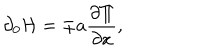
\partial _ { 0 } { \cal H } = \pm a { \frac { \partial \Pi } { \partial x } } ,